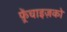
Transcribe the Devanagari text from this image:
फ़्रेंचाइज़को